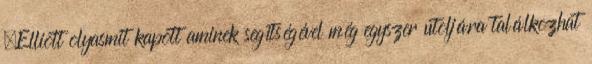
,Elliott olyasmit kapott aminek segítségével még egyszer utoljára találkozhat